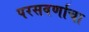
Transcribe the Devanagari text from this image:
परसवर्णाचा